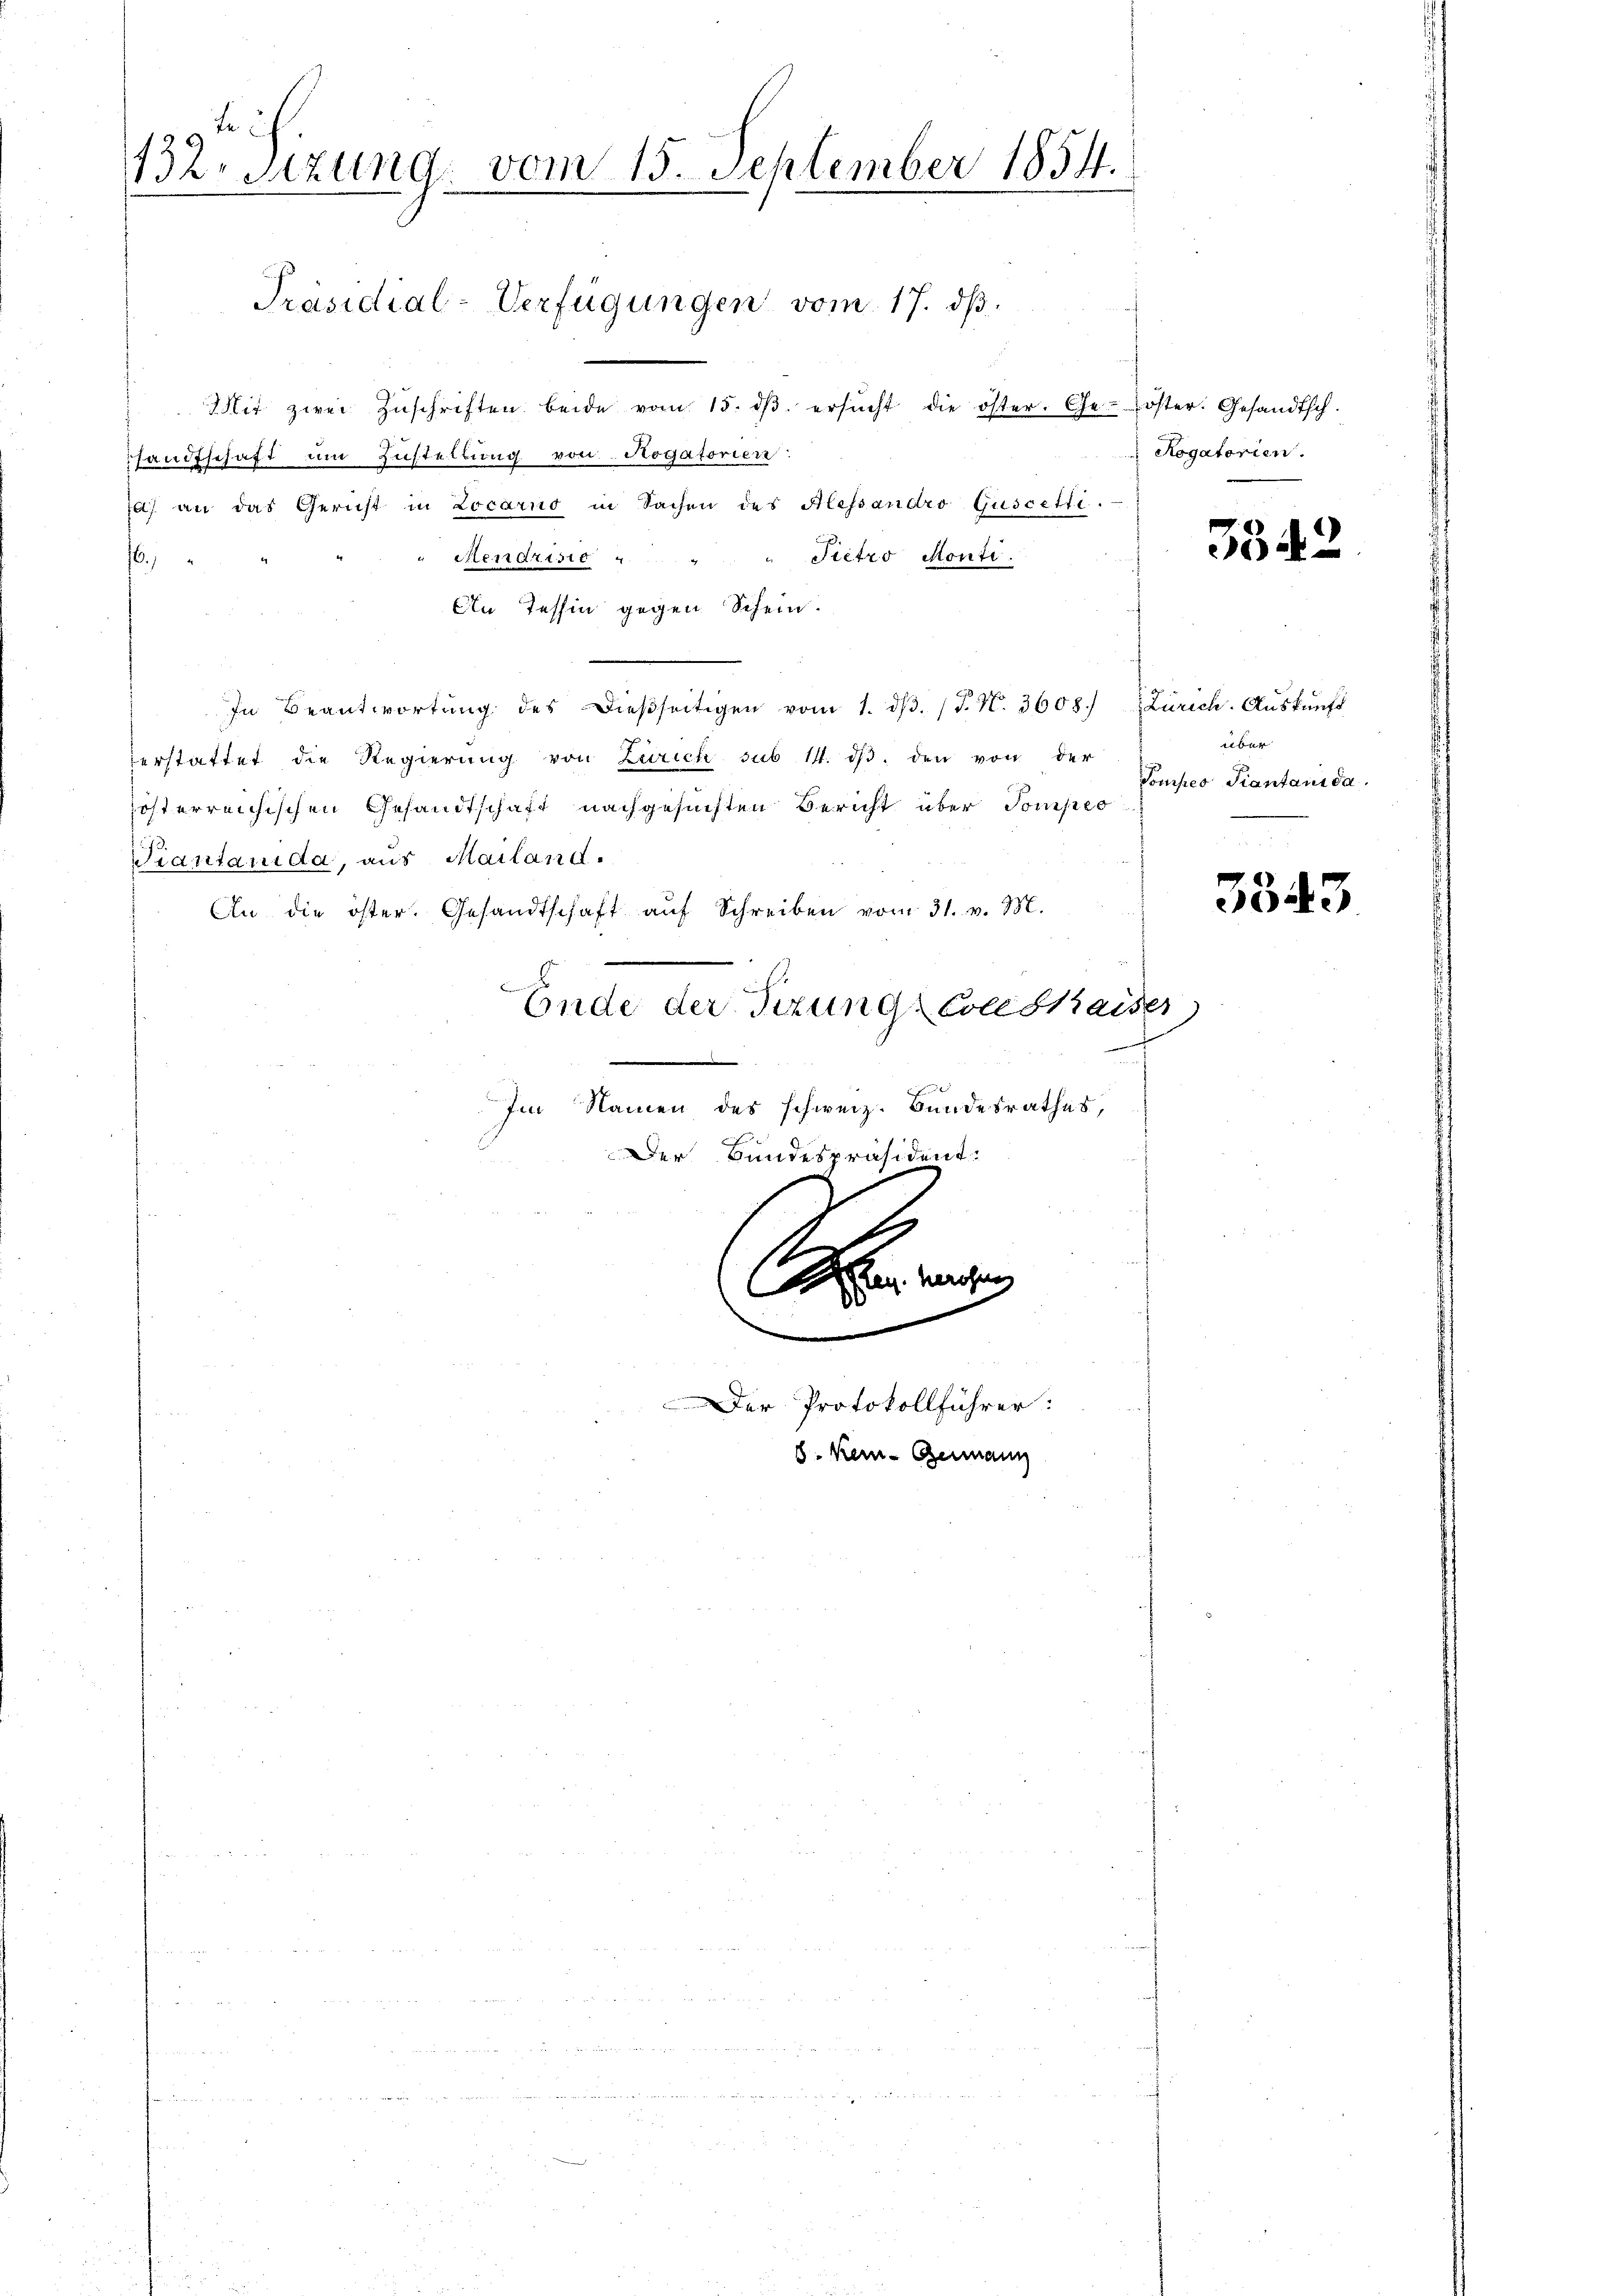
te
132. Sitzung, vom 15. September 1854.

r
Mit zwei Zŭschriften beide vom 15. dβ. ersŭcht die öster. Ge- öster. Gesandtsch.
handtschaft um Zustellung von Rogatorien:
7a) an das Gericht in Locarno in Sachen des Alessandro Guscetti-
"Menarisie
" Pietro Monte.
.
An Tessin gegen Schein.
In Beantwortŭng des dieβseitigen vom 1. dβ. (T. N. 3608. Zürich-Aŭskŭnft
erstattet die Regierung von Zürich sub 14. dβ. den von der
österreichischen Gesandtschaft nachgesuchten Bericht über Pompes
Kiantanida, aus Mailand.
An die öster. Gesandtschaft aŭf Schreiben vom 31. v. M.
Ende der Sitzung Conskaiser
Im Namen des schweiz. Bundesrathes,

Präsidial-Verfügungen vom 17. ds.

Der Bundespräsident:
teg. veröfne

l

.

Der Protokollführer
. Kein Germann

s

Rogatorien.

3342

über
Compes Piantanida.

5343